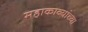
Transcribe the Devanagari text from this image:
महाकाव्यांच्या